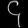
Digit: ၄